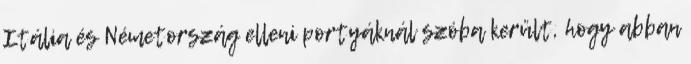
Itália és Németország elleni portyáknál szóba került, hogy abban